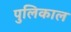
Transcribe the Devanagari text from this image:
पुलिकाल